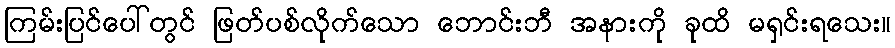
ကြမ်းပြင်ပေါ်တွင် ဖြတ်ပစ်လိုက်သော ဘောင်းဘီ အနားကို ခုထိ မရှင်းရသေး။